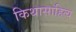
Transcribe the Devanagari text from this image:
किथासाहित्य